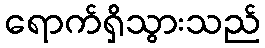
ရောက်ရှိသွားသည်